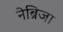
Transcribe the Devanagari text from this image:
नेब्रिजा